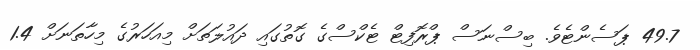
49.7 ޕަސެންޓެވެ. ބިސްނަސް ޕްރޮފިޓް ޓެކްސްގެ ގޮތުގައި ދައުލަތަށް މިއަހަރުގެ މިހާތަނަށް 1.4